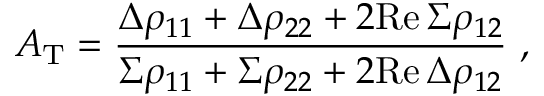
A _ { \mathrm { T } } = { \frac { \Delta \rho _ { 1 1 } + \Delta \rho _ { 2 2 } + 2 \mathrm { R e } \, \Sigma \rho _ { 1 2 } } { \Sigma \rho _ { 1 1 } + \Sigma \rho _ { 2 2 } + 2 \mathrm { R e } \, \Delta \rho _ { 1 2 } } } \ ,